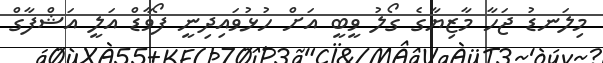
މިލަނޑު ޖަހާ މާޒިޔާގެ ގޯލު ވީބީ އަށް ހުޅުވައިދިނީ ފޯވާޑް އަލީ އަޝްފާގް